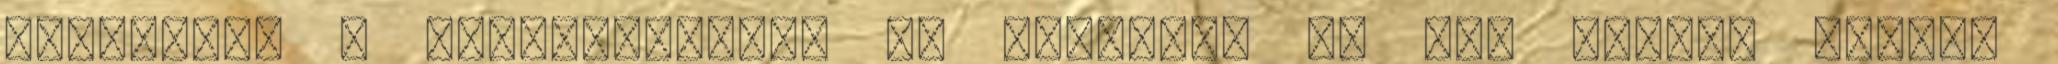
akarásra, a lokálpatrióta ér tékekre, és nem utolsó sorban